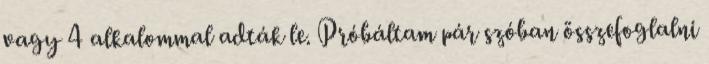
vagy 4 alkalommal adták le. Próbáltam pár szóban összefoglalni